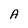
Character: A